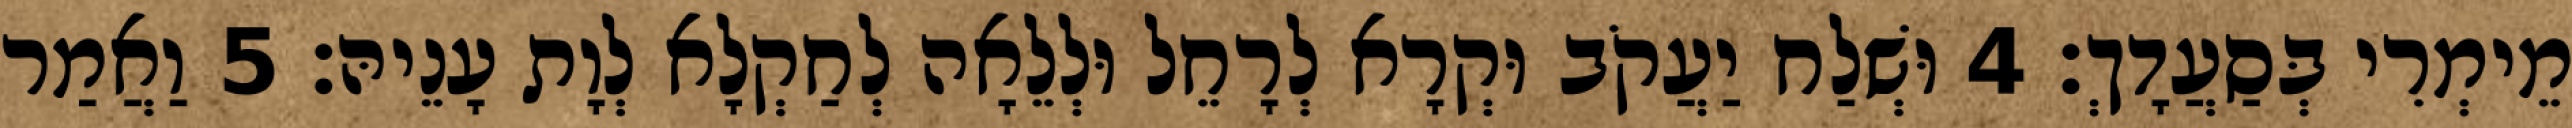
מֵימְרִי בְּסַעֲדָךְ׃ 4 וּשְׁלַח יַעֲקֹב וּקְרָא לְרָחֵל וּלְלֵאָה לְחַקְלָא לְוָת עָנֵיהּ׃ 5 וַאֲמַר